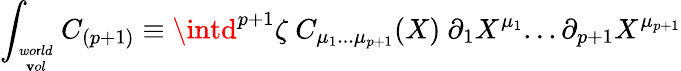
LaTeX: \int_{wo\mathsf{r}ld\atop\mathbf{v}ol}C_{(p+1)}\equiv\intd^{p+1}\zeta\ C_{\mu_{1}...\mu_{p+1}}(X)\ \partial_{1}X^{\mu_{1}}...\partial_{{p+1}}X^{\mu_{p+1}}